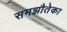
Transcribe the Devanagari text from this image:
समझौतेका